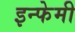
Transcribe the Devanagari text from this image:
इन्फेमी